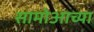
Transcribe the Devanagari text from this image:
सामोआच्या